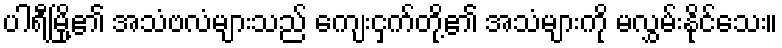
ပါရီမြို့၏ အသံဗလံများသည် ကျေးငှက်တို့၏ အသံများကို မလွှမ်းနိုင်သေး။